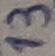
Text: 13